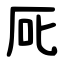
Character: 厑